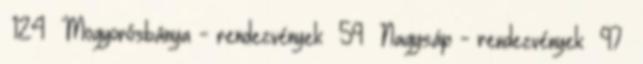
124 Mogyorósbánya - rendezvények 59 Nagysáp - rendezvények 97